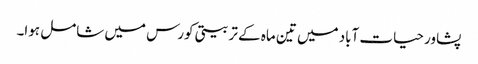
پشاور حیات آباد میں تین ماہ کے تربیتی کورس میں شامل ہوا۔